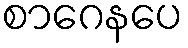
စာဂေနပေ